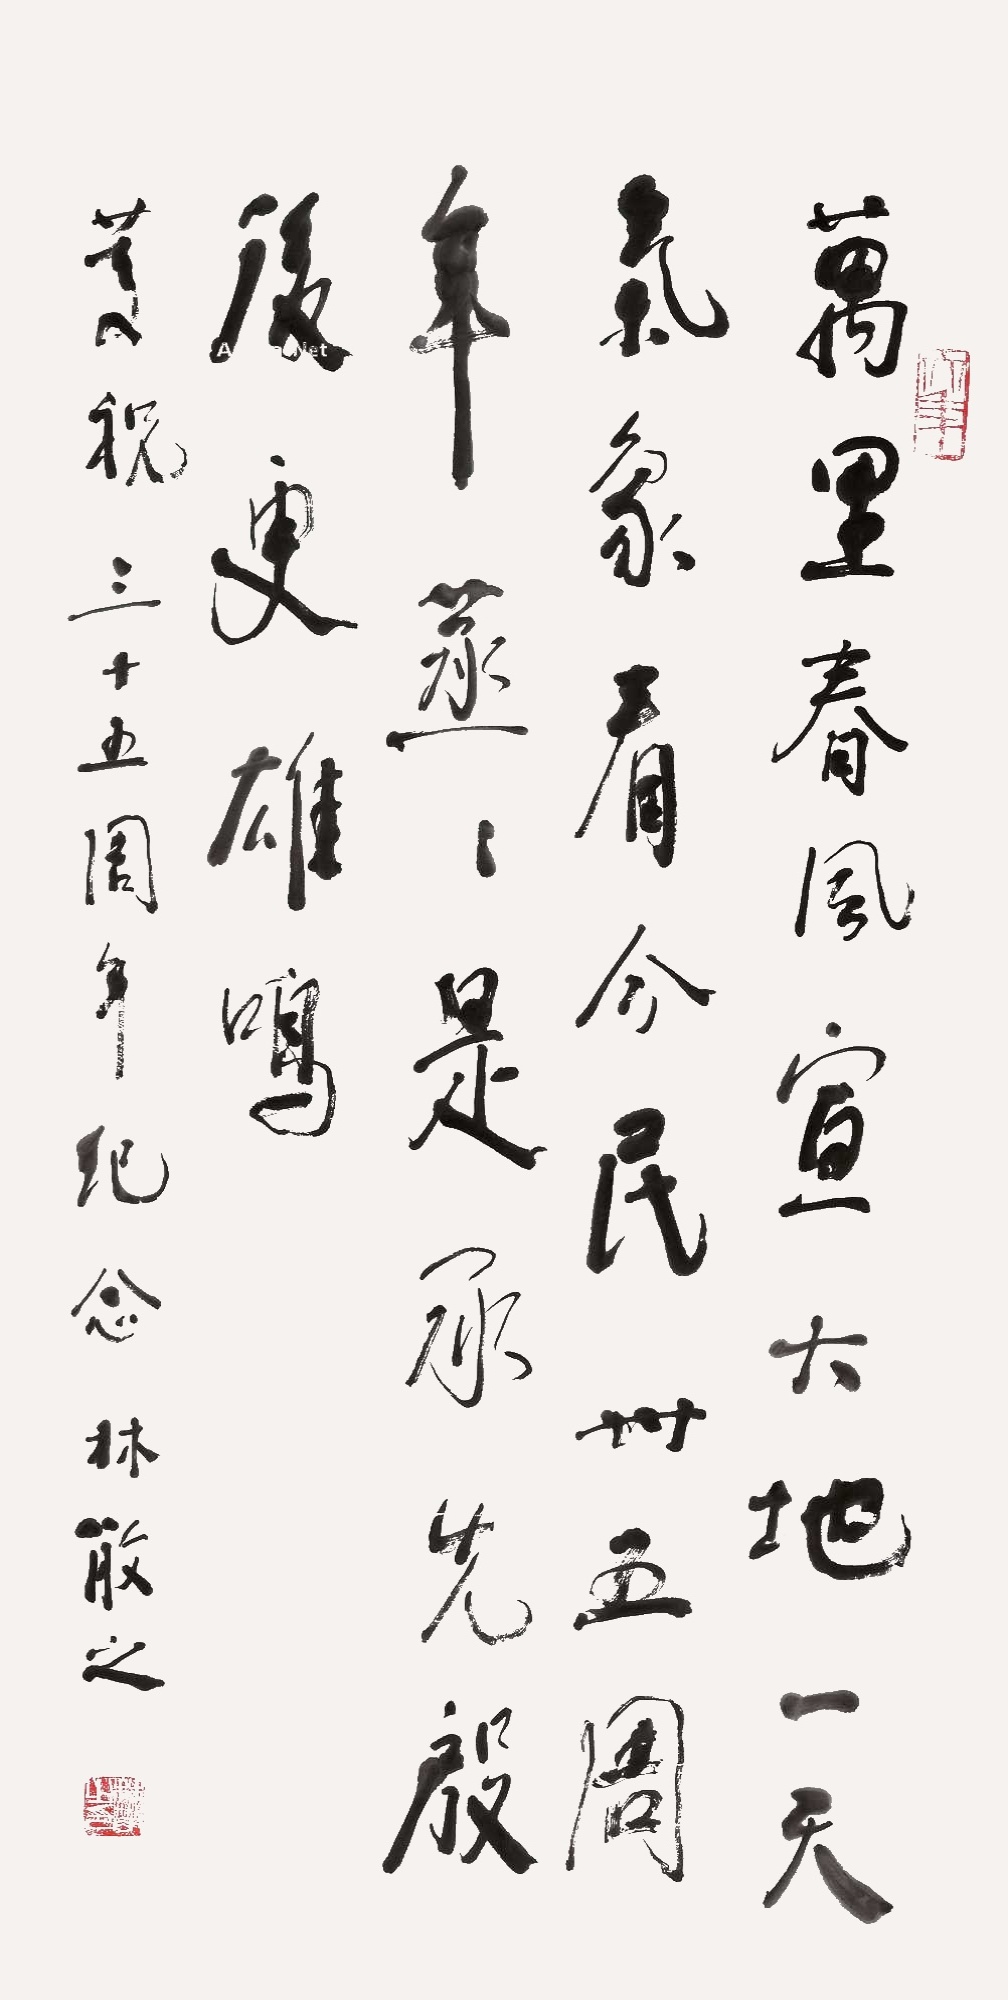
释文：万里春风宣大地，一天气象看今民。卅五周年蒸蒸是，承先殷后更雄鸣。庆祝三十五周年纪念，林散之。